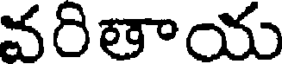
వరితాయ